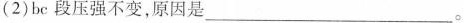
bc段压强不变，原因是___。